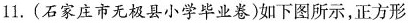
11.(石家庄市无极县小学毕业卷)如下图所示，正方形